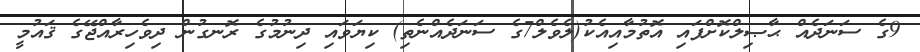
9ގެ ސަނަދެއް ޙާޞިލްކޮށްފައި އޮތުމާއިއެކު(ލެވެލް7ގެ ސަނަދެއްނެތި) ކިޔަވައި ދިނުމުގެ ރޮނގުން ދިވެހިރާއްޖޭގެ ޤައުމީ